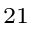
^ { 2 1 }